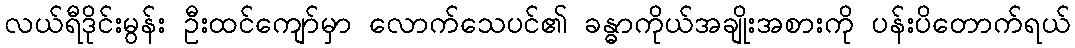
လယ်ရီဒိုင်းမွန်း ဦးထင်ကျော်မှာ လောက်သေပင်၏ ခန္ဓာကိုယ်အချိုးအစားကို ပန်းပိတောက်ရယ်